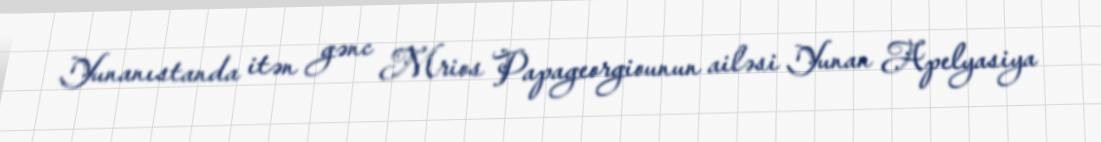
Yunanıstanda itən gənc Mrios Papageorgiounun ailəsi Yunan Apelyasiya